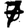
Digit: 7